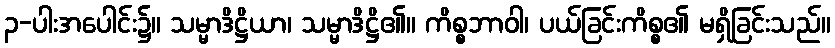
၃-ပါးအပေါင်း၌။ သမ္မာဒိဋ္ဌိယာ၊ သမ္မာဒိဋ္ဌိ၏။ ကိစ္စဘာဝါ၊ ပယ်ခြင်းကိစ္စ၏ မရှိခြင်းသည်။